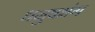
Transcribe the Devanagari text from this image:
धनुषभंग